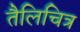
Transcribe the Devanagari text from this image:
तैलिचित्र